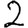
Digit: 2